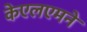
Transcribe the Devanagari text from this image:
केएलएमने